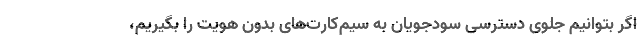
اگر بتوانیم جلوی دسترسی سودجویان به سیم‌کارت‌های بدون هویت را بگیریم،